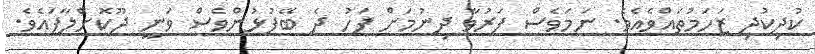
ކުދިކުދި ޒަހަމުތައްވެއެވެ. ނަމަވެސް ފަރުވާ ދިނުމަށް ފަހު ދެ ބޭފުޅުންވެސް ވަނީ ދޫކޮށްލާފައެވެ.